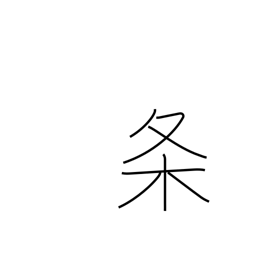
Meaning: clause